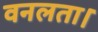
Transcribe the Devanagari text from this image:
वनलता।